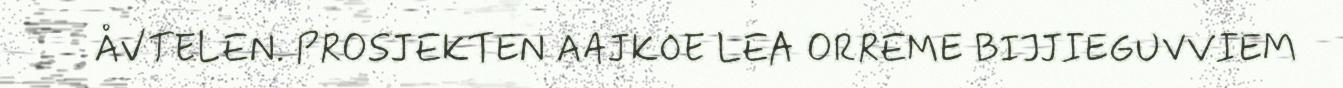
ÅVTELEN. PROSJEKTEN AAJKOE LEA ORREME BIJJIEGUVVIEM